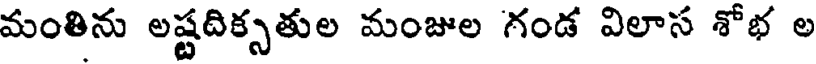
మంతిను లష్టదిక్సతుల మంజుల గండ విలాస శోభ ల